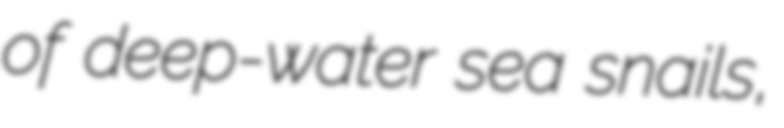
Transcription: of deep-water sea snails,